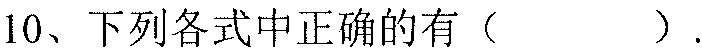
10、下列各式中正确的有（  ）.